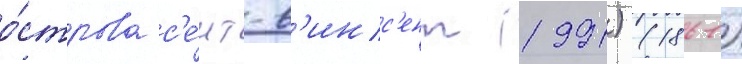
о́строва с'е́нт-в'инс'ент (1991) (1861)